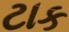
ટાક